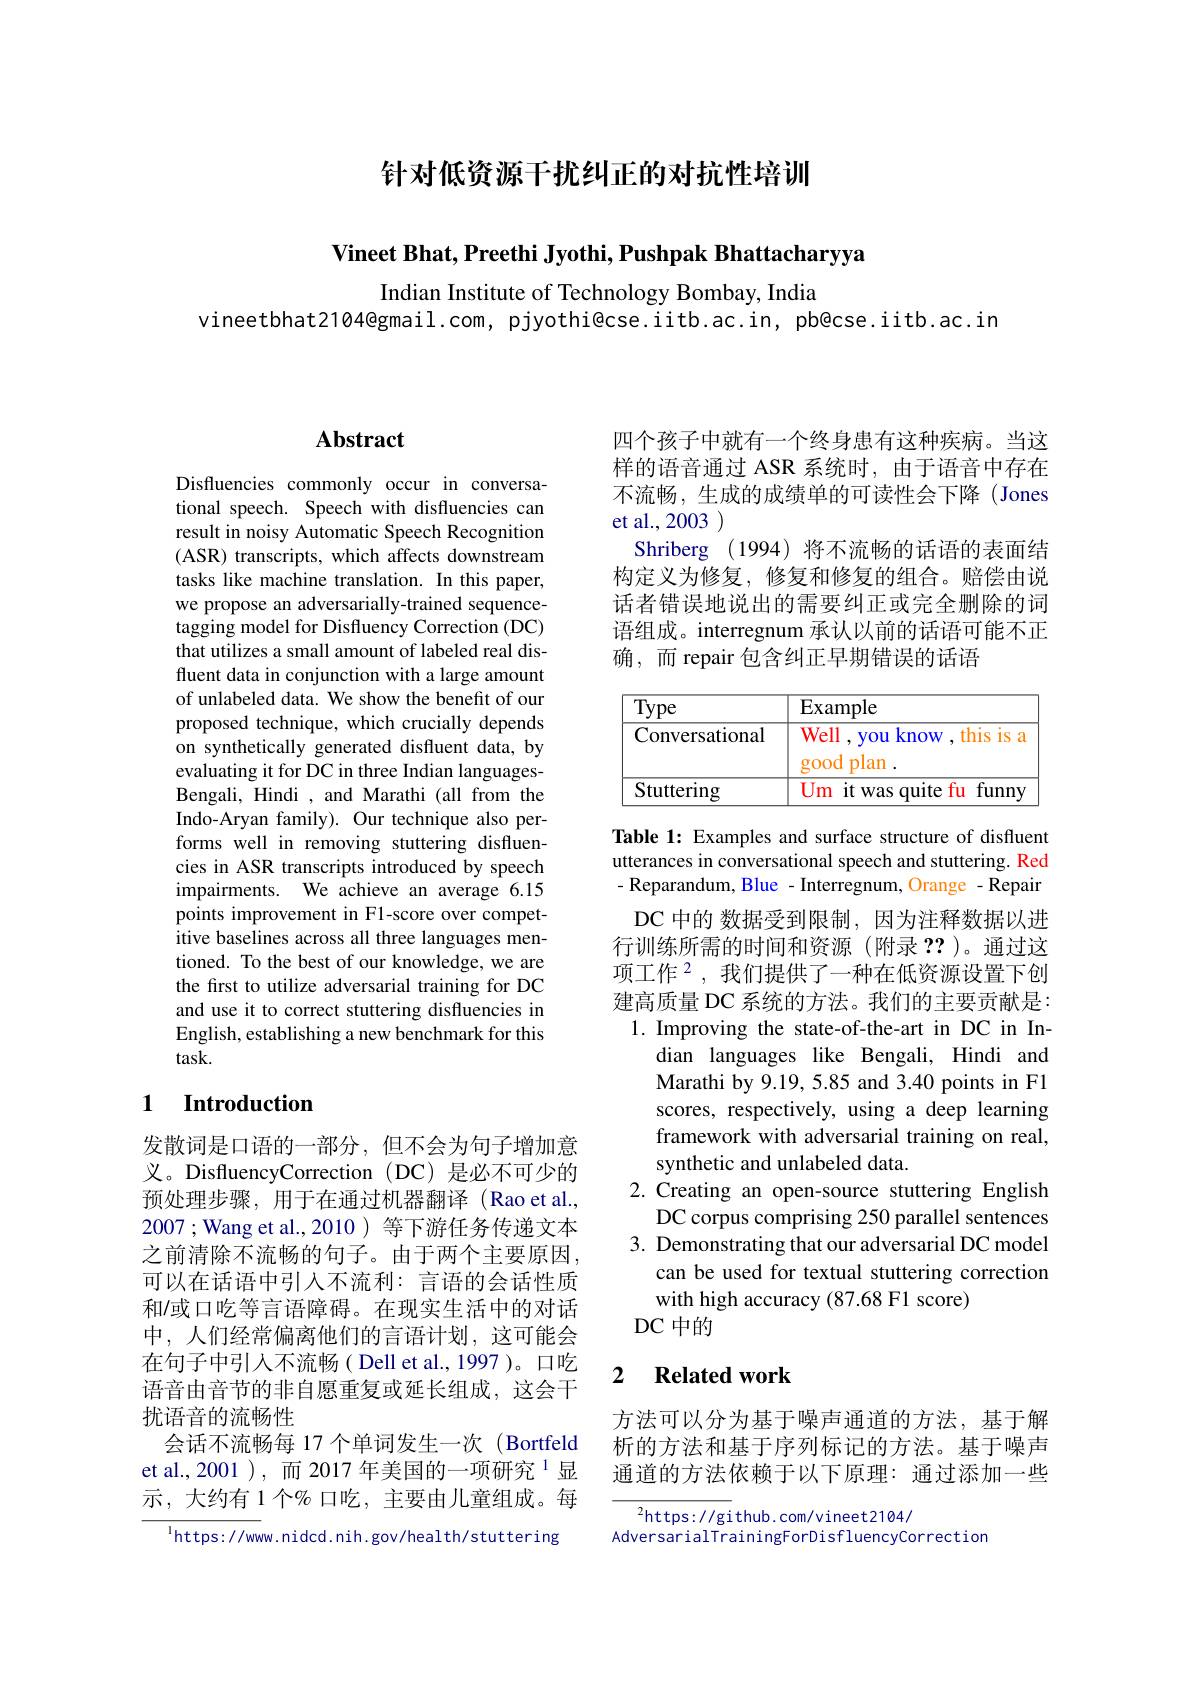
针对低资源干扰纠正的对抗性培训

Vineet Bhat, Preethi Jyothi, Pushpak Bhattacharyya

Indian Institute of Technology Bombay, India
vineetbhat2104@gmail.com, pjyothi@cse.iitb.ac.in, pb@cse.iitb.ac.in

# Abstract

Disfluencies commonly occur in conversational speech. Speech with disfluencies can result in noisy Automatic Speech Recognition (ASR) transcripts, which affects downstream tasks like machine translation. In this paper, we propose an adversarially-trained sequencetagging model for Disfluency Correction (DC) that utilizes a small amount of labeled real disfluent data in conjunction with a large amount of unlabeled data. We show the benefit of our proposed technique, which crucially depends on synthetically generated disfluent data, by evaluating it for DC in three Indian languagesBengali, Hindi , and Marathi (all from the Indo-Aryan family). Our technique also performs well in removing stuttering disfluencies in ASR transcripts introduced by speech impairments. We achieve an average 6.15 points improvement in F1-score over competitive baselines across all three languages mentioned. To the best of our knowledge, we are the first to utilize adversarial training for DC and use it to correct stuttering disfluencies in English, establishing a new benchmark for this $task.$

### 1 Introduction

发散词是口语的一部分，但不会为句子增加意义。DisfluencyCorrection ( DC) 是必不可少的预处理步骤，用于在通过机器翻译(Raoet al., 2007;Wang et al.,2010)等下游任务传递文本之前清除不流畅的句子。由于两个主要原因， 可以在话语中引入不流利：言语的会话性质和/或口吃等言语障碍。在现实生活中的对话中，人们经常偏离他们的言语计划，这可能会在句子中引人不流畅( Dell et al.,1997 )。口吃语音由音节的非自愿重复或延长组成，这会干扰语音的流畅性
会话不流畅每 17 个单词发生一次 (Bortfeld et al.,2001 ),而 2017 年美国的一项研究$^{1}$显示，大约有 1个% 口吃，主要由儿童组成。每
$^{\mathrm{l}}$https://www.nidcd.nih.gov/health/stuttering

四个孩子中就有一个终身患有这种疾病。当这样的语音通过 ASR 系统时，由于语音中存在不流畅，生成的成绩单的可读性会下降(Jones et al., 2003 )
Shriberg (1994)将不流畅的话语的表面结构定义为修复，修复和修复的组合。赔偿由说话者错误地说出的需要纠正或完全删除的词语组成。interregnum 承认以前的话语可能不正确，而 repair 包含纠正早期错误的话语

<table>
	<tbody>
		<tr>
			<th>$\overline{\mathrm{Type}}$</th>
			<th>Example</th>
		</tr>
		<tr>
			<td>Conversational</td>
			<td>Well , you know , this is a</td>
		</tr>
		<tr>
			<td> </td>
			<td>good 11 plan</td>
		</tr>
		<tr>
			<td>Stuttering</td>
			<td>Um i it was quite fu 1 T funny</td>
		</tr>
	</tbody>
</table>

Table 1: Examples and surface structure of disfluent utterances in conversational speech and stuttering. Red - Reparandum, Blue - Interregnum, Orange - Repair DC 中的 数据受到限制，因为注释数据以进行训练所需的时间和资源(附录？?)。通过这项工作$^2$,我们提供了一种在低资源设置下创建高质量 DC 系统的方法。我们的主要贡献是： 1. Improving the state-of-the-art in DC in In-
dian languages like Bengali, Hindi and Marathi by 9.19, 5.85 and 3.40 points in F1 scores, respectively, using a deep learning framework with adversarial training on real, synthetic and unlabeled data.
2. Creating an open-source stuttering English
DC corpus comprising 250 parallel sentences 3. Demonstrating that our adversarial DC model
can be used for textual stuttering correction
with high accuracy (87.68 F1 score)
DC 中的

## 2 $\textbf{Related work}$

方法可以分为基于噪声通道的方法，基于解析的方法和基于序列标记的方法。基于噪声通道的方法依赖于以下原理：通过添加一些

$^{2}$https: / / gi thub. com/ vineet2104/
AdversarialTrainingForDisfluencyCorrection